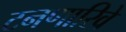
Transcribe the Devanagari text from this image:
टनणारिवे